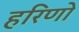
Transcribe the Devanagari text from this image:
हरिणो